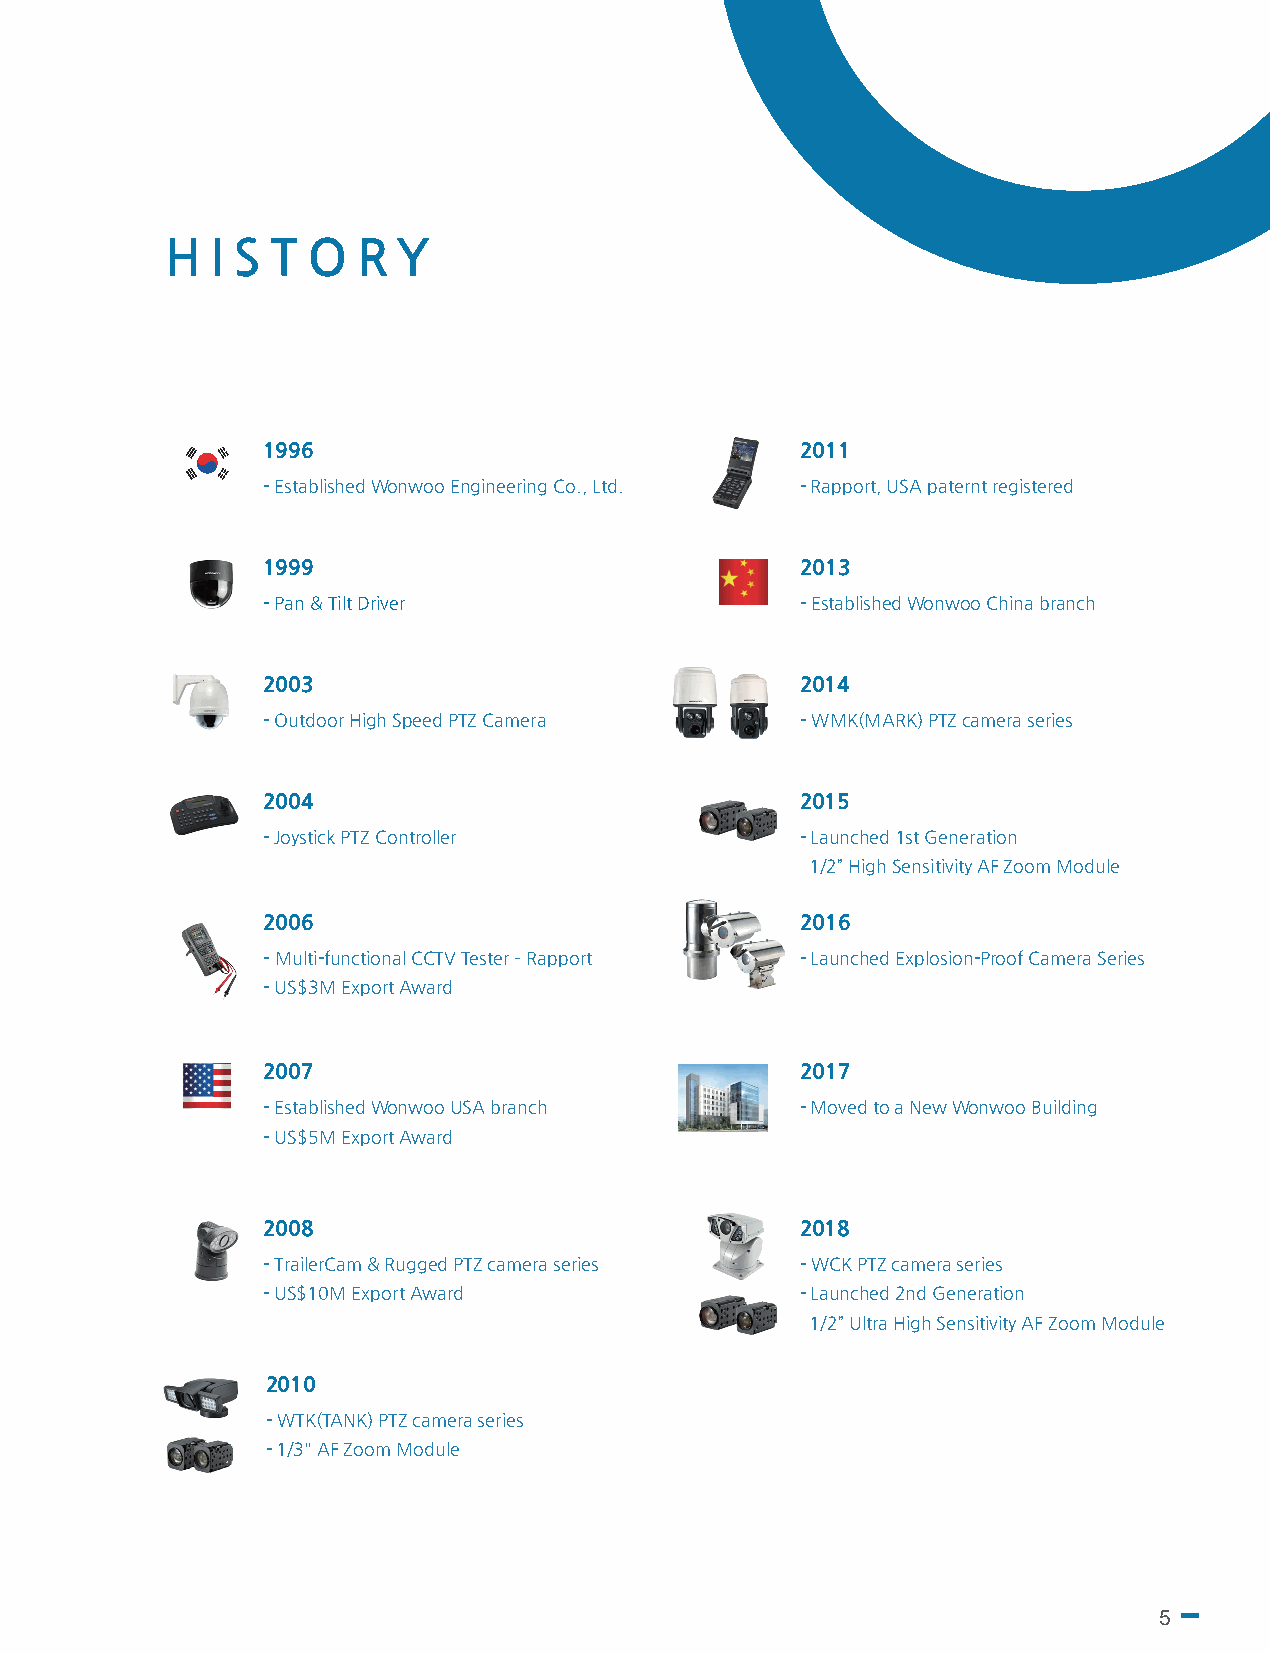
H  I S T O   R Y
 1996                                2011
 - Established Wonwoo Engineering Co., Ltd. - Rapport, USA paternt registered
 1999                                2013
 - Pan & Tilt Driver                 - Established Wonwoo China branch
 2003                                2014
 - Outdoor High Speed PTZ Camera     - WMK(MARK) PTZ camera series
 2004                                2015
 - Joystick PTZ Controller           - Launched 1st Generation
 1/2” High Sensitivity AF Zoom Module
 2006                                2016
 - Multi-functional CCTV Tester ­ Rapport - Launched Explosion-Proof Camera Series
 - US$3M Export Award
 2007                                2017
 - Established Wonwoo USA branch     - Moved to a New Wonwoo Building
 - US$5M Export Award
 2008                                2018
 - TrailerCam & Rugged PTZ camera series - WCK PTZ camera series
 - US$10M Export Award               - Launched 2nd Generation
 1/2” Ultra High Sensitivity AF Zoom Module
 2010
 - WTK(TANK) PTZ camera series
 - 1/3" AF Zoom Module
 5